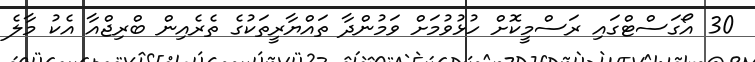
30 އޯގަސްޓްގައި ރަސްމީކޮށް ހުޅުވުމަށް ވަމުންދާ ތައްޔާރީތަކުގެ ތެރެއިން ބްރިޖްއާ އެކު މާލެ